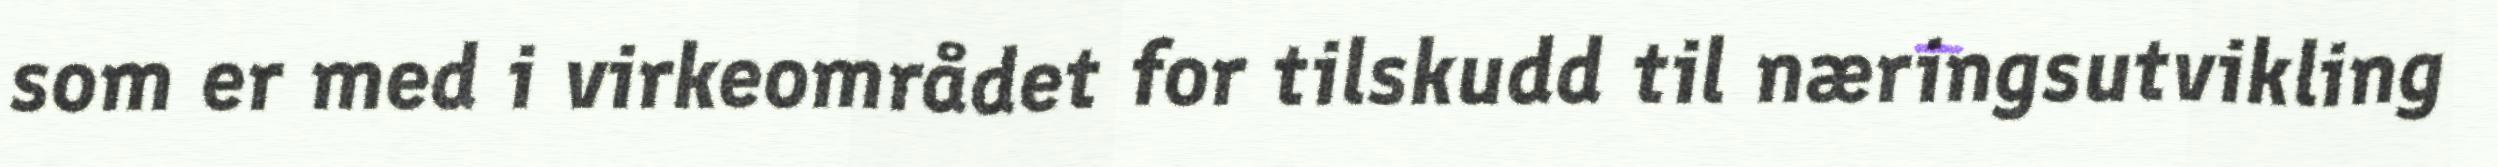
som er med i virkeområdet for tilskudd til næringsutvikling